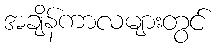
အချိန်ကာလများတွင်